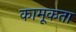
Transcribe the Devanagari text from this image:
कामूकता